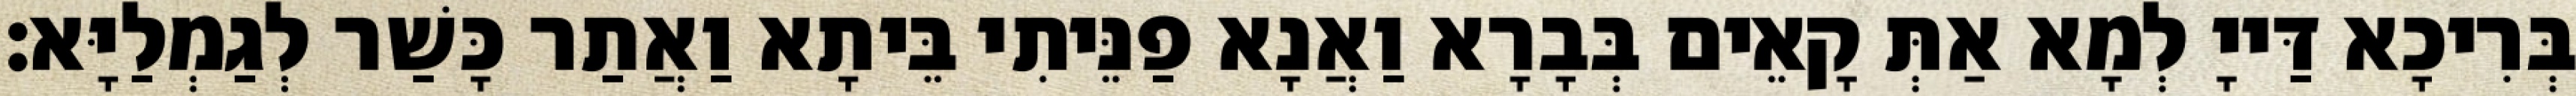
בְּרִיכָא דַּייָ לְמָא אַתְּ קָאֵים בְּבָרָא וַאֲנָא פַנֵּיתִי בֵּיתָא וַאֲתַר כָּשַׁר לְגַמְלַיָּא׃